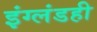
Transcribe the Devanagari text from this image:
इंग्लंडही